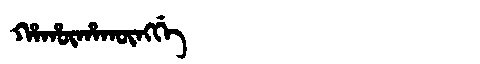
Manchu: ᡥᠠᡥᡡᡥᠠᡴᡡᠩᡤᡝ
Romanization: HAHŪHAKŪNGGE